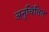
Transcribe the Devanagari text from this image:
अनुचिंतित